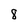
Character: 8